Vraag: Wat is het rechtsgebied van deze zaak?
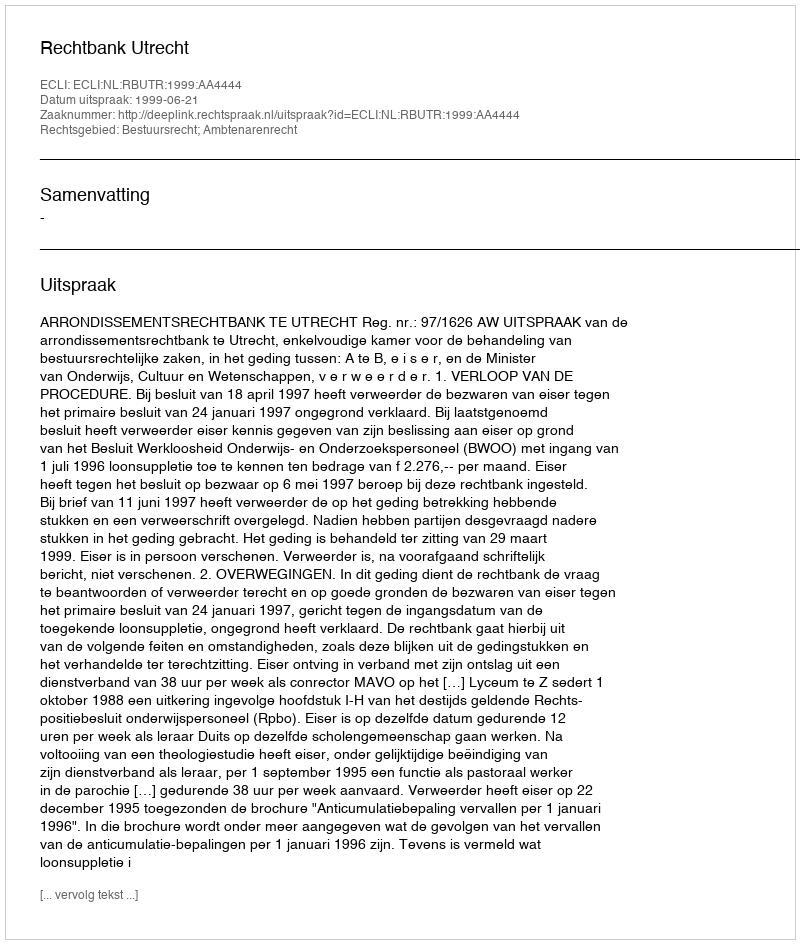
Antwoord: Bestuursrecht; Ambtenarenrecht